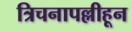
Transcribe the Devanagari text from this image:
त्रिचनापल्लीहून